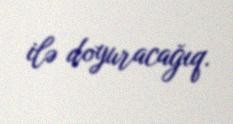
ilə doyuracağıq.